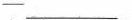
—___